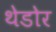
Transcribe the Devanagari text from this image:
थेडोर